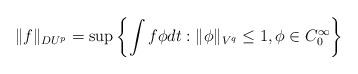
LaTeX: \begin{align*} \Vert f \Vert_{DU^p} = \sup\left\{ \int f \phi dt : \Vert \phi \Vert_{V^q} \le 1,\phi \in C^\infty_0 \right\} \end{align*}